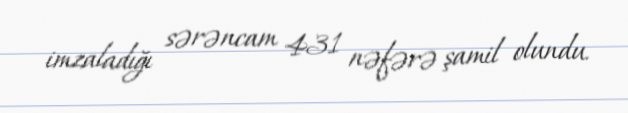
imzaladığı sərəncam 431 nəfərə şamil olundu.